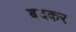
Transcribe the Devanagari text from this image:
बदकर